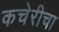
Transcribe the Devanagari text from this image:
कचेरीचा